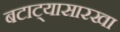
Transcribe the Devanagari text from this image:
बटाट्यासारखा